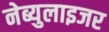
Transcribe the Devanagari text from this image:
नेब्युलाइजर